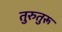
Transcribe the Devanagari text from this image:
तुरुतुरू